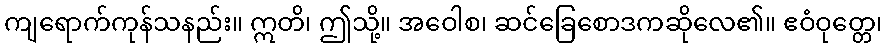
ကျရောက်ကုန်သနည်း။ ဣတိ၊ ဤသို့။ အဝေါစ၊ ဆင်ခြေစောဒကဆိုလေ၏။ ဧဝံဝုတ္တေ၊